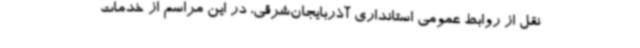
نقل از روابط عمومی استانداری آذربایجان‌شرقی، در این مراسم از خدمات